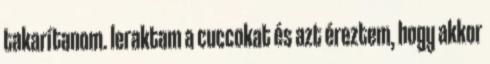
takarítanom. leraktam a cuccokat és azt éreztem, hogy akkor